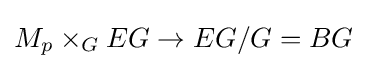
M_{p}\times _{G}EG\to EG/G=BG